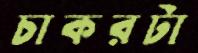
চাকরটা